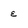
Character: E